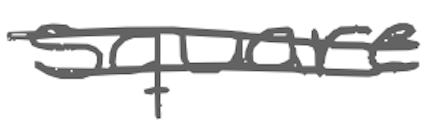
Text: square
Cross-out: double-line
Writing tool: digital_gray